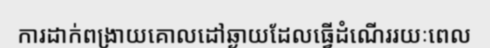
ការដាក់ពង្រាយគោលដៅឆ្ងាយដែលធ្វើដំណើររយៈពេល